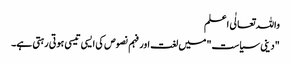
واللہ تعالٰی اعلم
"دینی سیاست" میں لغت اور فہم نصوص کی ایسی تیسی ہوتی رہتی ہے۔